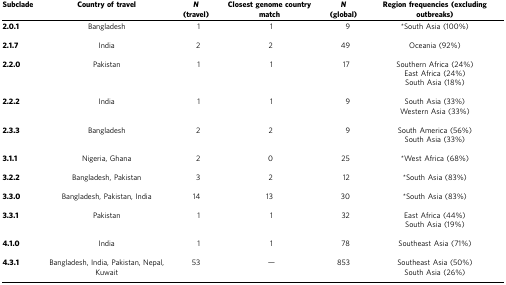
<table><thead><tr><td><b>Subclade</b></td><td><b>Country of travel</b></td><td><b><i>N</i>(travel)</b></td><td><b>Closest genome country match</b></td><td><b><i>N</i>(global)</b></td><td><b>Region frequencies (excluding outbreaks)</b></td></tr></thead><tbody><tr><td><b>2.0.1</b></td><td>Bangladesh</td><td>1</td><td>1</td><td>9</td><td>*South Asia (100%)</td></tr><tr><td><b>2.1.7</b></td><td>India</td><td>2</td><td>2</td><td>49</td><td>Oceania (92%)</td></tr><tr><td><b>2.2.0</b></td><td>Pakistan</td><td>1</td><td>1</td><td>17</td><td>Southern Africa (24%)East Africa (24%)South Asia (18%)</td></tr><tr><td><b>2.2.2</b></td><td>India</td><td>1</td><td>1</td><td>9</td><td>South Asia (33%)Western Asia (33%)</td></tr><tr><td><b>2.3.3</b></td><td>Bangladesh</td><td>2</td><td>2</td><td>9</td><td>South America (56%)South Asia (33%)</td></tr><tr><td><b>3.1.1</b></td><td>Nigeria, Ghana</td><td>2</td><td>0</td><td>25</td><td>*West Africa (68%)</td></tr><tr><td><b>3.2.2</b></td><td>Bangladesh, Pakistan</td><td>3</td><td>2</td><td>12</td><td>*South Asia (83%)</td></tr><tr><td><b>3.3.0</b></td><td>Bangladesh, Pakistan, India</td><td>14</td><td>13</td><td>30</td><td>*South Asia (83%)</td></tr><tr><td><b>3.3.1</b></td><td>Pakistan</td><td>1</td><td>1</td><td>32</td><td>East Africa (44%)South Asia (19%)</td></tr><tr><td><b>4.1.0</b></td><td>India</td><td>1</td><td>1</td><td>78</td><td>Southeast Asia (71%)</td></tr><tr><td><b>4.3.1</b></td><td>Bangladesh, India, Pakistan, Nepal, Kuwait</td><td>53</td><td>—</td><td>853</td><td>Southeast Asia (50%)South Asia (26%)</td></tr></tbody></table>